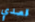
قصدي